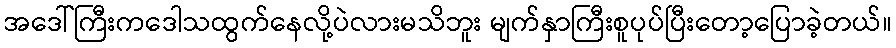
အဒေါ်ကြီးကဒေါသထွက်နေလို့ပဲလားမသိဘူး မျက်နှာကြီးစူပုပ်ပြီးတော့ပြောခဲ့တယ်။